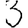
Digit: 3